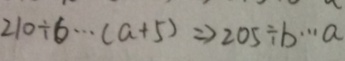
2 1 0 \div 6 \cdots ( a + 5 ) \Rightarrow 2 0 5 \div b \cdots a